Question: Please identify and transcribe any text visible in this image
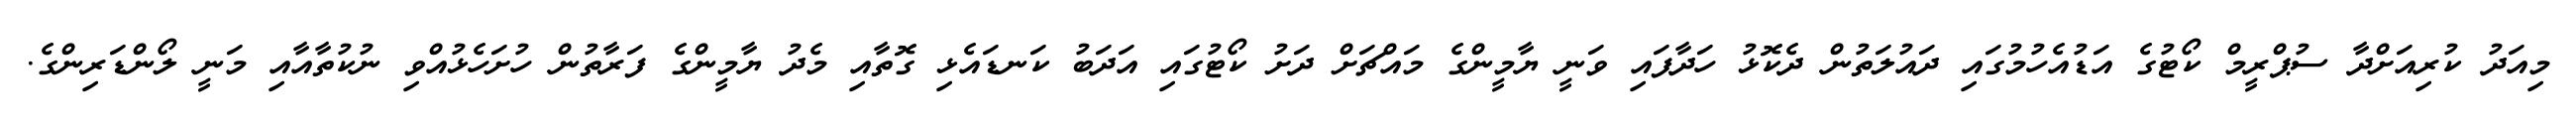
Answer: މިއަދު ކުރިއަށްދާ ސުޕްރީމް ކޯޓުގެ އަޑުއެހުމުގައި ދައުލަތުން ދެކޮޅު ހަދާފައި ވަނީ ޔާމީންގެ މައްޗަށް ދަށު ކޯޓުގައި އަދަބު ކަނޑައެޅި ގޮތާއި މެދު ޔާމީންގެ ފަރާތުން ހުށަހެޅުއްވި ނުކުތާއާއި މަނީ ލޯންޑަރިންގެ.